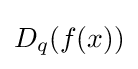
D_{q}(f(x))